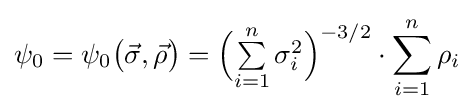
\psi _{0}=\psi _{0}{\big (}{\vec {\sigma }},{\vec {\rho }}{\big )}={\Big (}{\textstyle \sum \limits _{i=1}^{n}\sigma _{i}^{2}}{\Big )}^{-3/2}\cdot \sum \limits _{i=1}^{n}\rho _{i}